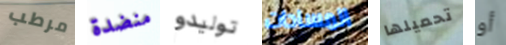
مرطب منضدة توليدو المساحات تحميلها أو